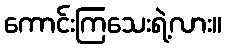
ကောင်းကြသေးရဲ့လား။